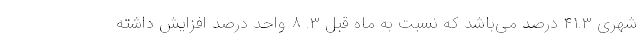
شهری ۴۱.۳ درصد می‌باشد که نسبت به ماه قبل ۳. ۸ واحد درصد افزایش داشته